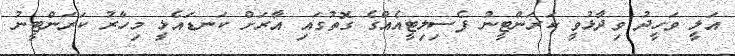
އަލީ ވަހީދު ވިދާޅުވީ ކަރަންޓީނު ފެސިލިޓީއެއްގެ ގޮތުގައި އާރަށް ކަނޑައެޅީ މިހާރު ކަރަންޓީނު